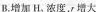
B.增加H _ { 2 }，浓度，r 增大